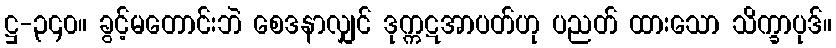
ဋ္ဌ-၃၄၀။ ခွင့်မတောင်းဘဲ စေဒနာလျှင် ဒုက္ကဋအာပတ်ဟု ပညတ် ထားသော သိက္ခာပုဒ်။